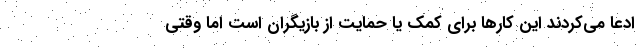
ادعا می‌کردند این کارها برای کمک یا حمایت از بازیگران است اما وقتی